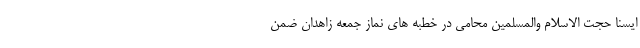
ایسنا حجت الاسلام والمسلمین محامی در خطبه های نماز جمعه زاهدان ضمن